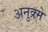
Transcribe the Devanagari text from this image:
अनुक्र्मे